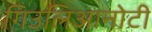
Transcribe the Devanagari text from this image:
गिउलिआनोटी